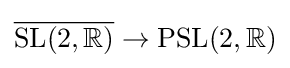
{\overline {\mathrm {SL} (2,\mathbb {R} )}}\to \mathrm {PSL} (2,\mathbb {R} )